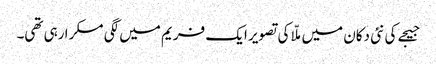
جیجے کی نئی دکان میں ملّا کی تصویر ایک فریم میں لگی مسکرا رہی تھی۔